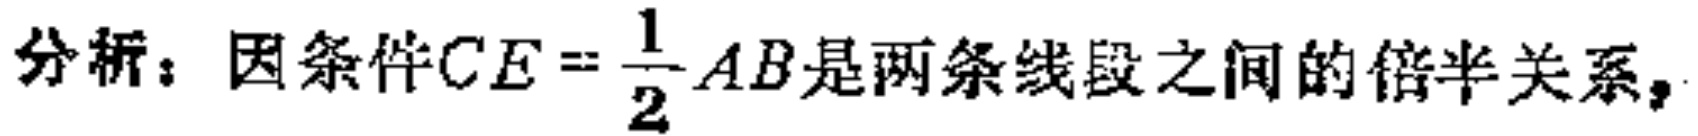
分析：因条件$CE = \frac{1}{2}AB$是两条线段之间的倍半关系，